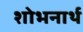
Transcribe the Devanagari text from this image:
शोभनार्थ